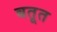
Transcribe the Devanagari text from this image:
बतूत